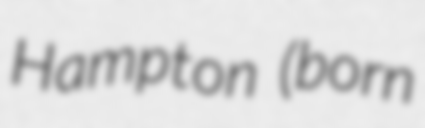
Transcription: Hampton (born